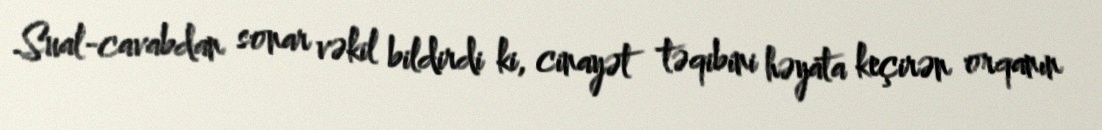
Sual-cavabdan sonar vəkil bildirdi ki, cinayət təqibini həyata keçirən orqanın